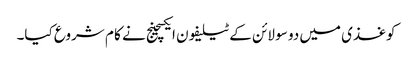
کوغذی میں دو سو لائن کے ٹیلیفون ایکسچینج نے کا م شروع کیا۔